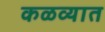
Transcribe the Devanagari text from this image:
कळव्यात